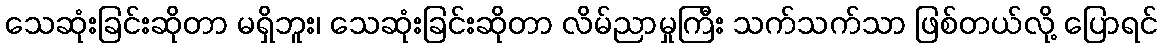
သေဆုံးခြင်းဆိုတာ မရှိဘူး၊ သေဆုံးခြင်းဆိုတာ လိမ်ညာမှုကြီး သက်သက်သာ ဖြစ်တယ်လို့ ပြောရင်